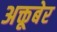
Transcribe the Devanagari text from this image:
अक्तूबेर